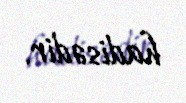
hadisədir.